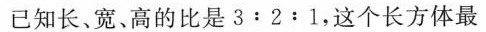
已知长、宽、高的比是$$3 : 2 : 1$$，这个长方体最